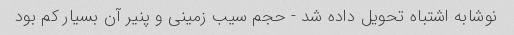
نوشابه اشتباه تحویل داده شد - حجم سیب زمینی و پنیر آن بسیار کم بود